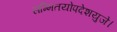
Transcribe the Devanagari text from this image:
सम्मितयोपदेशयुजे।